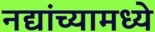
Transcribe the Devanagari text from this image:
नद्यांच्यामध्ये